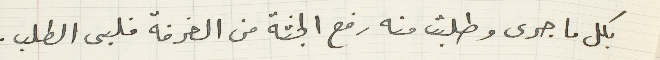
بكل ما جرى وطلبت منه رفع الجثة من الغرفة فلبى الطلب.